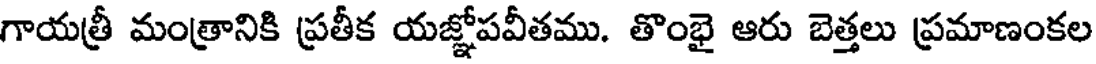
గాయత్రీ మంత్రానికి ప్రతీక యజ్ఞోపవీతము. తొంభై ఆరు బెత్తలు ప్రమాణంకల